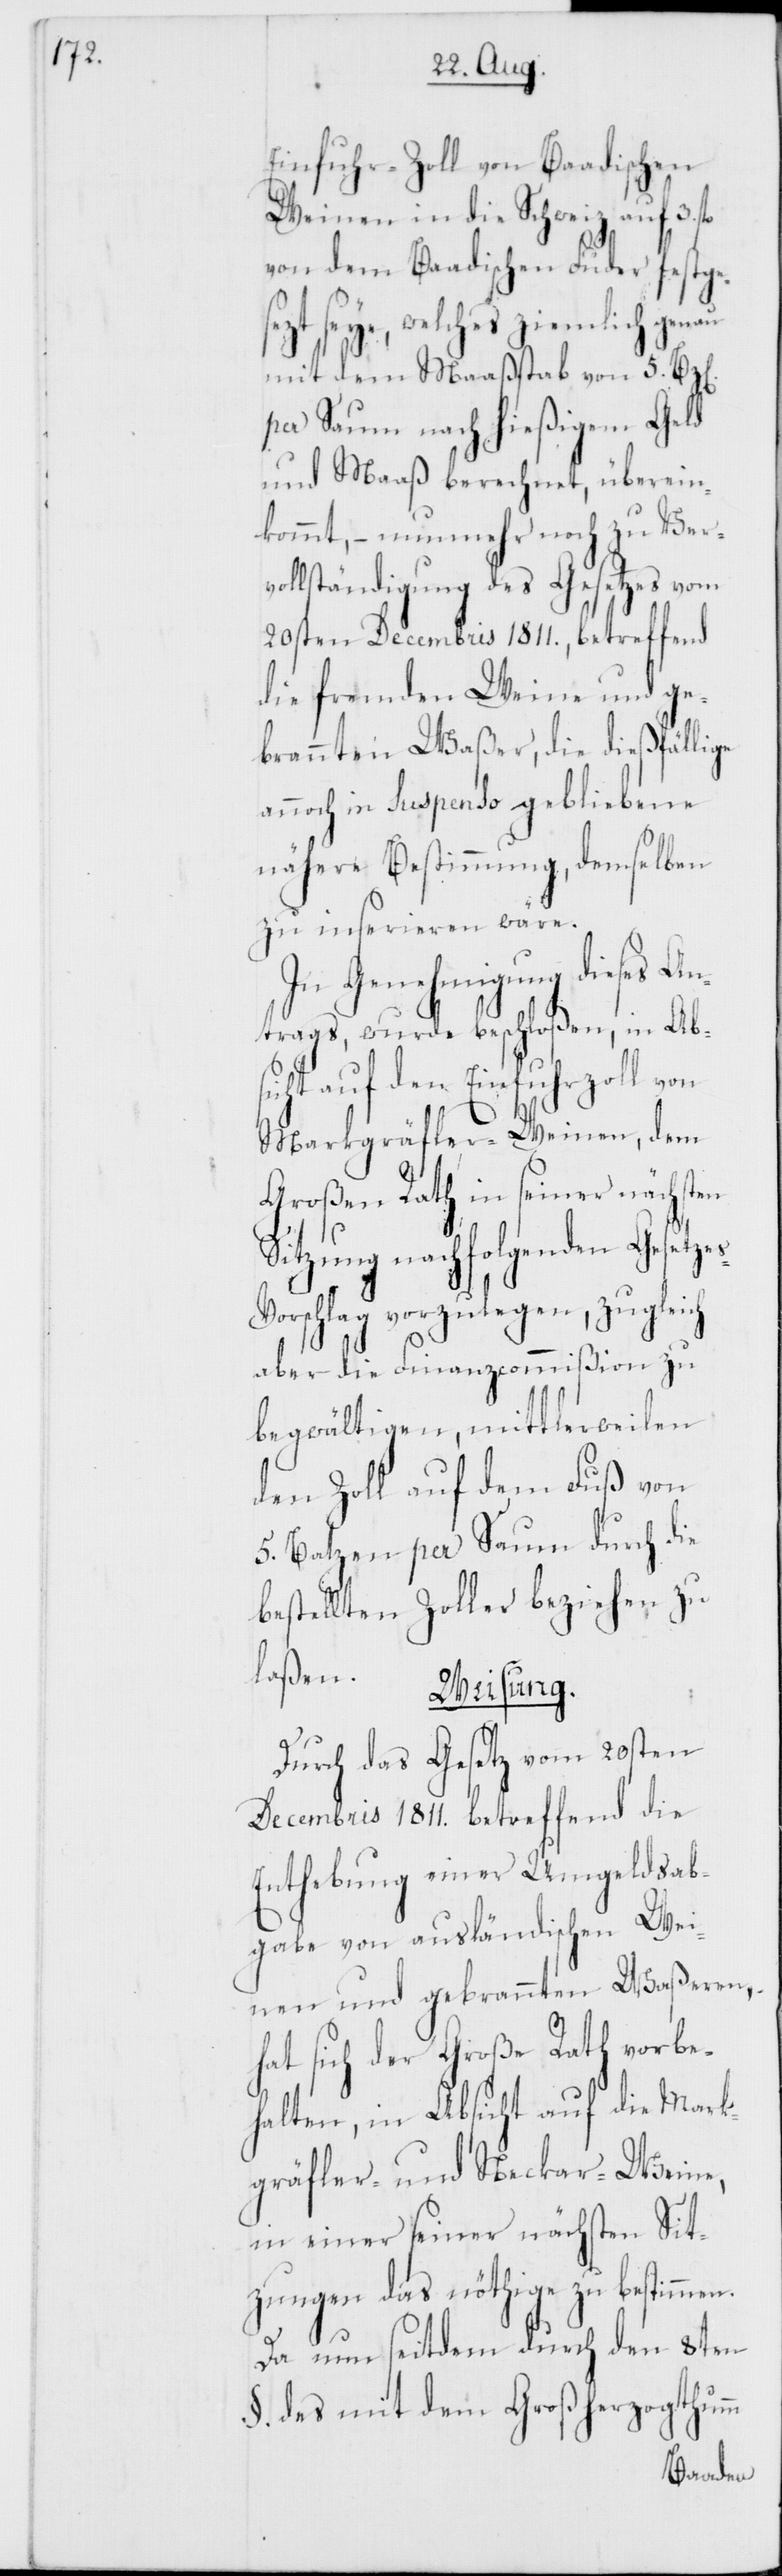
Einfuhr-Zoll von Baadischen
Weinen in die Schweiz auf 3.
von dem Baadischen Fuder festge¬
sezt seye, welches ziemlich genau
mit dem Maaßstab von 5. Bz[en]
per Saum nach hießigem Geld
und Maaß berechnet, überein¬
kommt, – nunmehr noch zu Verv¬
ollständigung des Gesetzes vom
20sten Decembris 1811., betreffend
die fremden Weine und ge¬
brannten Waßer, die dießfällige
annoch in Suspenso gebliebene
nähere Bestimmung, demselben
zu inserieren wäre.
In Genehmigung dieses A¬
ntrags, wurde beschloßen, in Absi¬
cht auf den Einfuhrzoll
Markgräfler-Weinen, dem
Großen Rath in seiner nächsten
Sitzung nachfolgenden Gesetze¬
s-Vorschlag vorzulegen, zugleich
aber die Finanzcommißion zu
begwältigen, mittlerweilen
den Zoll auf dem Fuß von
5. Batzen per Saum durch die
bestellten Zoller beziehen zu
laßen.
Weisung.
Durch das Gesetz vom 20sten
Decembris 1811. betreffend die
Enthebung einer Umgeldsab¬
gabe von ausländischen Wei¬
nen und gebrannten Waßeren,
hat sich der Große Rath vorbe¬
halten, in Absicht auf die Mark¬
gräfler- und Neckar-Weine,
in einer seiner nächsten Sit¬
zungen das nöthige zu bestimmen.
Da nun seitdem durch den 8ten
§. des mit dem Großherzogthumm